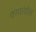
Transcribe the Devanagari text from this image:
कावाकोल